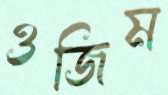
ওজিম